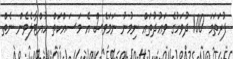
ފުރަތަމަ 100 ދުވަހުގެ ވަޢުދުތައް ނިމުނު ނަމަވެސް އެ މަސައްކަތް ހުއްޓާލެވެން ނެތް